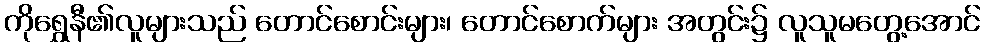
ကိုရွှေနီ၏လူများသည် တောင်စောင်းများ၊ တောင်စောက်များ အတွင်း၌ လူသူမတွေ့အောင်